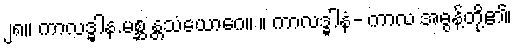
၂၈။ ကာလဒ္ဓါန.မစ္ဆ န္တသံယောဂေ။ ။ ကာလဒ္ဓါနံ- ကာလ အဓွန့်တို့၏၊